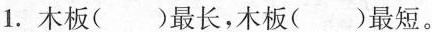
1.木板()最长，木板()最短。